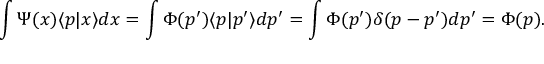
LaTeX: \int \Psi ( x ) \langle p | x \rangle d x = \int \Phi ( p ^ { \prime } ) \langle p | p ^ { \prime } \rangle d p ^ { \prime } = \int \Phi ( p ^ { \prime } ) \delta ( p - p ^ { \prime } ) d p ^ { \prime } = \Phi ( p ) .